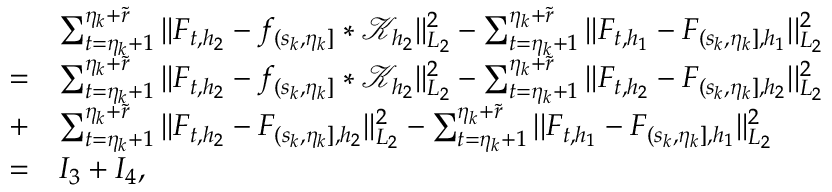
\begin{array} { r l } & { \sum _ { t = \eta _ { k } + 1 } ^ { \eta _ { k } + \widetilde { r } } \vert \vert F _ { t , { h _ { 2 } } } - f _ { ( s _ { k } , \eta _ { k } ] } \ast \mathcal { K } _ { { h _ { 2 } } } \vert \vert _ { L _ { 2 } } ^ { 2 } - \sum _ { t = \eta _ { k } + 1 } ^ { \eta _ { k } + \widetilde { r } } \vert \vert F _ { t , { h _ { 1 } } } - F _ { ( s _ { k } , \eta _ { k } ] , { h _ { 1 } } } \vert \vert _ { L _ { 2 } } ^ { 2 } } \\ { = } & { \sum _ { t = \eta _ { k } + 1 } ^ { \eta _ { k } + \widetilde { r } } \vert \vert F _ { t , { h _ { 2 } } } - f _ { ( s _ { k } , \eta _ { k } ] } \ast \mathcal { K } _ { { h _ { 2 } } } \vert \vert _ { L _ { 2 } } ^ { 2 } - \sum _ { t = \eta _ { k } + 1 } ^ { \eta _ { k } + \widetilde { r } } \vert \vert F _ { t , { h _ { 2 } } } - F _ { ( s _ { k } , \eta _ { k } ] , { h _ { 2 } } } \vert \vert _ { L _ { 2 } } ^ { 2 } } \\ { + } & { \sum _ { t = \eta _ { k } + 1 } ^ { \eta _ { k } + \widetilde { r } } \vert \vert F _ { t , { h _ { 2 } } } - F _ { ( s _ { k } , \eta _ { k } ] , { h _ { 2 } } } \vert \vert _ { L _ { 2 } } ^ { 2 } - \sum _ { t = \eta _ { k } + 1 } ^ { \eta _ { k } + \widetilde { r } } \vert \vert F _ { t , { h _ { 1 } } } - F _ { ( s _ { k } , \eta _ { k } ] , { h _ { 1 } } } \vert \vert _ { L _ { 2 } } ^ { 2 } } \\ { = } & { I _ { 3 } + I _ { 4 } , } \end{array}